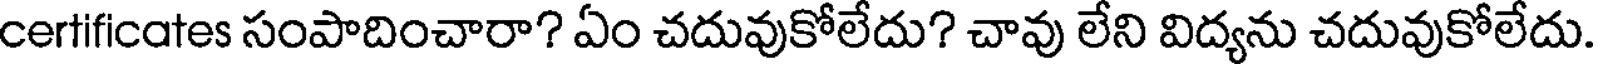
certificates సంపాదించారా? ఏం చదువుకోలేదు? చావు లేని విద్యను చదువుకోలేదు.